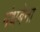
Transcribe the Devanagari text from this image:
गंधबेना